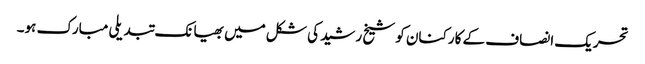
تحریک انصاف کے کارکنان کو شیخ رشید کی شکل میں بھیانک تبدیلی مبارک ہو۔